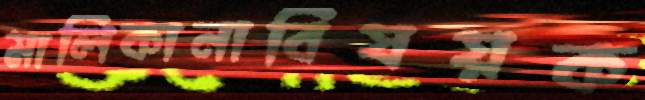
মালিকানাবিষয়ক